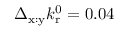
\Delta _ { \mathrm { x : y } } k _ { \mathrm { r } } ^ { 0 } = 0 . 0 4